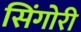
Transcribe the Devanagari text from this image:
सिंगोरी